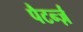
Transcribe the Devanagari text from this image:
पैटर्न्ज़